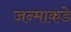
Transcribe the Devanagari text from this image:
जन्माकडे